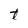
Character: t